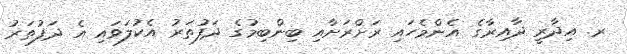
ރ. އިދާރީ ދާއިރާގެ އެންމެހައި ރަށްރަށާއި ބިންބިމުގެ ދަފުތަރު އެކުލަވައި އެ ދަފުތަރު